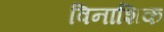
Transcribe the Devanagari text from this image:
विनाशिक